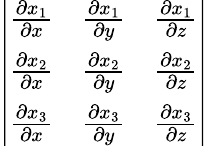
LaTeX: \left|\begin{array}{lll}{{\frac{\partial x_{1}}{\partial x}}}&{{\frac{\partial x_{1}}{\partial y}}}&{{\frac{\partial x_{1}}{\partial z}}}\\ {{\frac{\partial x_{2}}{\partial x}}}&{{\frac{\partial x_{2}}{\partial y}}}&{{\frac{\partial x_{2}}{\partial z}}}\\ {{\frac{\partial x_{3}}{\partial x}}}&{{\frac{\partial x_{3}}{\partial y}}}&{{\frac{\partial x_{3}}{\partial z}}}\end{array}\right|